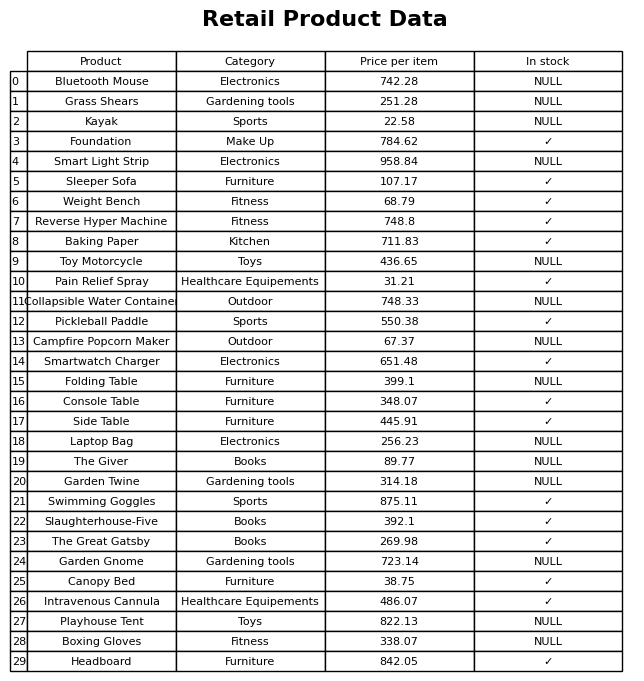
question: Is the Kayak in stock?
answer: NULL